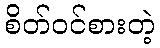
စိတ်ဝင်စားတဲ့